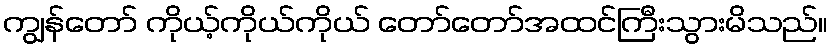
ကျွန်တော် ကိုယ့်ကိုယ်ကိုယ် တော်တော်အထင်ကြီးသွားမိသည်။